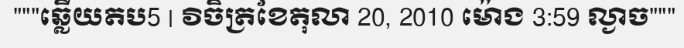
"""ឆ្លើយតប5 | វិចិត្រខែតុលា 20, 2010 ម៉ោង 3:59 ល្ងាច"""